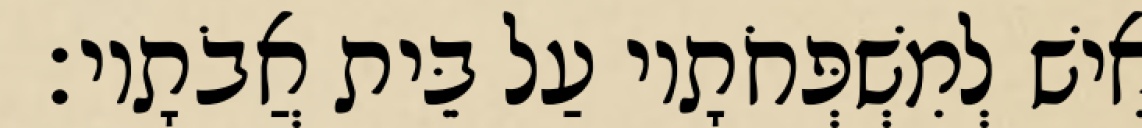
אִישׁ לְמִשְׁפְּחֹתָיו עַל בֵּית אֲבֹתָיו׃